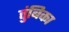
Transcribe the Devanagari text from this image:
तुंबिका